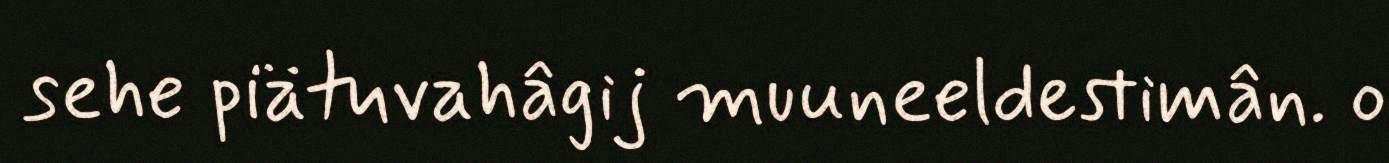
sehe piätuvahâgij muuneeldestimân. o